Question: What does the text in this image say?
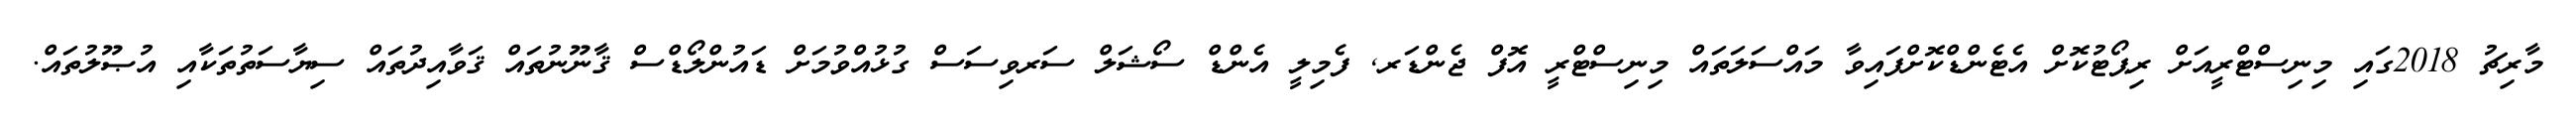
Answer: މާރިޗު 2018ގައި މިނިސްޓްރީއަށް ރިޕޯޓުކޮށް އެޓެންޑްކޮށްފައިވާ މައްސަލަތައް މިނިސްޓްރީ އޮފް ޖެންޑަރ, ފެމިލީ އެންޑް ސޯޝަލް ސަރވިސަސް ގުޅުއްވުމަށް ޑައުންލޯޑްސް ޤާނޫނުތައް ޤަވާއިދުތައް ސިޔާސަތުތަކާއި އުޞޫލުތައް.